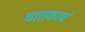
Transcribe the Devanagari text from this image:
चातकाचं